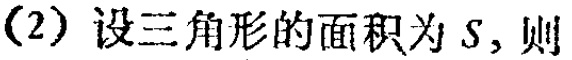
(2) 设三角形的面积为 \(S\)，则